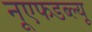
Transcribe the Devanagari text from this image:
नूएफडब्ल्यू